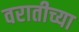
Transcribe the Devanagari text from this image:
वरातीच्या